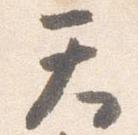
天